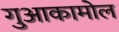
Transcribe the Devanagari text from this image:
गुआकामोल